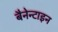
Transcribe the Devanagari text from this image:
बैनेन्टाइन